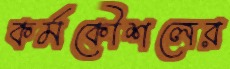
কর্মকৌশলের